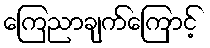
ကြေညာချက်ကြောင့်